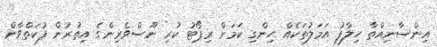
އިންސާނިއްތާ ހިލާފު އަމަލުތަކެއް ހިންގި ކަމަށް ރިޕޯޓު ކުރި ނޫސްވެރިންގެ އިތުރުން ފުކަތްވާން